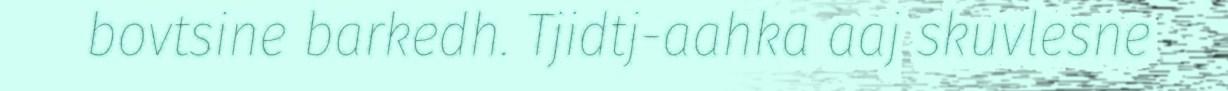
bovtsine barkedh. Tjidtj-aahka aaj skuvlesne